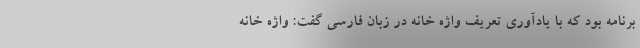
برنامه بود که با یادآوری تعریف واژه خانه در زبان فارسی گفت: واژه خانه